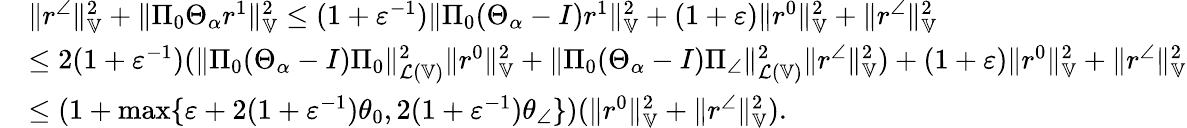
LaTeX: \begin{array}{rl}&{\| r^{\angle}\| _{\mathbb{V}}^{2}+\| \Pi_{0}\Theta_{\alpha}r^{1}\| _{\mathbb{V}}^{2}\le(1+\varepsilon^{-1})\| \Pi_{0}(\Theta_{\alpha}-I)r^{1}\| _{\mathbb{V}}^{2}+(1+\varepsilon)\| r^{0}\| _{\mathbb{V}}^{2}+\| r^{\angle}\| _{\mathbb{V}}^{2}}\\ &{\le 2(1+\varepsilon^{-1})(\| \Pi_{0}(\Theta_{\alpha}-I)\Pi_{0}\| _{\mathcal{L}(\mathbb{V})}^{2}\| r^{0}\| _{\mathbb{V}}^{2}+\| \Pi_{0}(\Theta_{\alpha}-I)\Pi_{\angle}\| _{\mathcal{L}(\mathbb{V})}^{2}\| r^{\angle}\| _{\mathbb{V}}^{2})+(1+\varepsilon)\| r^{0}\| _{\mathbb{V}}^{2}+\| r^{\angle}\| _{\mathbb{V}}^{2}}\\ &{\le(1+\operatorname*{max}\{ \varepsilon+2(1+\varepsilon^{-1})\theta_{0},2(1+\varepsilon^{-1})\theta_{\angle}\} )(\| r^{0}\| _{\mathbb{V}}^{2}+\| r^{\angle}\| _{\mathbb{V}}^{2}).}\end{array}